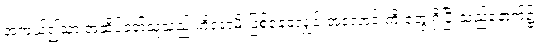
အကယ်၍သာ အဆိပ်ခတ်သူသည် ဟိရောမိ ဖြစ်နေခဲ့လျှင် အလောင်းကို တွေ့ရှိပြီးသည့်နောက်၌